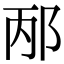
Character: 邴